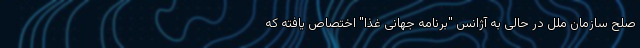
صلح سازمان ملل در حالی به آژانس "برنامه جهانی غذا" اختصاص یافته که